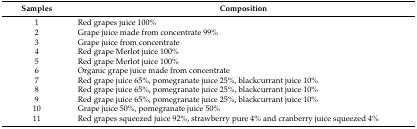
<table><thead><tr><td><b>Samples</b></td><td><b>Composition</b></td></tr></thead><tbody><tr><td>1</td><td>Red grapes juice 100%</td></tr><tr><td>2</td><td>Grape juice made from concentrate 99%</td></tr><tr><td>3</td><td>Grape juice from concentrate</td></tr><tr><td>4</td><td>Red grape Merlot juice 100%</td></tr><tr><td>5</td><td>Red grape Merlot juice 100%</td></tr><tr><td>6</td><td>Organic grape juice made from concentrate</td></tr><tr><td>7</td><td>Red grape juice 65%, pomegranate juice 25%, blackcurrant juice 10%</td></tr><tr><td>8</td><td>Red grape juice 65%, pomegranate juice 25%, blackcurrant juice 10%</td></tr><tr><td>9</td><td>Red grape juice 65%, pomegranate juice 25%, blackcurrant juice 10%</td></tr><tr><td>10</td><td>Grape juice 50%, pomegranate juice 50%</td></tr><tr><td>11</td><td>Red grapes squeezed juice 92%, strawberry pure 4% and cranberry juice squeezed 4%</td></tr></tbody></table>